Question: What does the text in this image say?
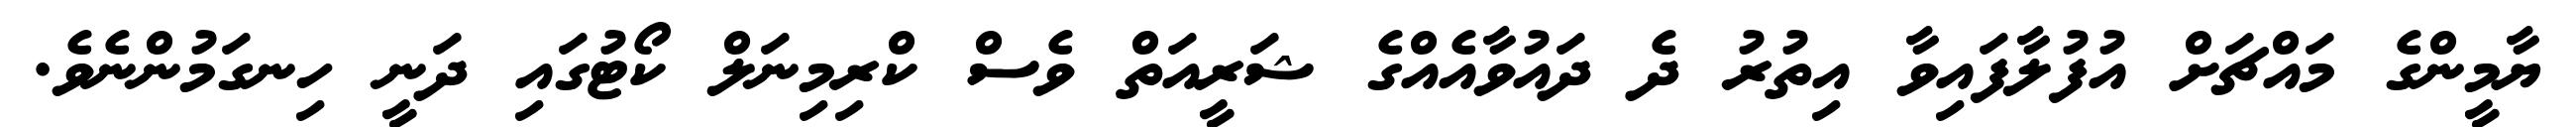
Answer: ޔާމީންގެ މައްޗަށް އުފުލާފައިވާ އިތުރު ދެ ދައުވާއެއްގެ ޝަރީއަތް ވެސް ކްރިމިނަލް ކޯޓުގައި ދަނީ ހިނގަމުންނެވެ.